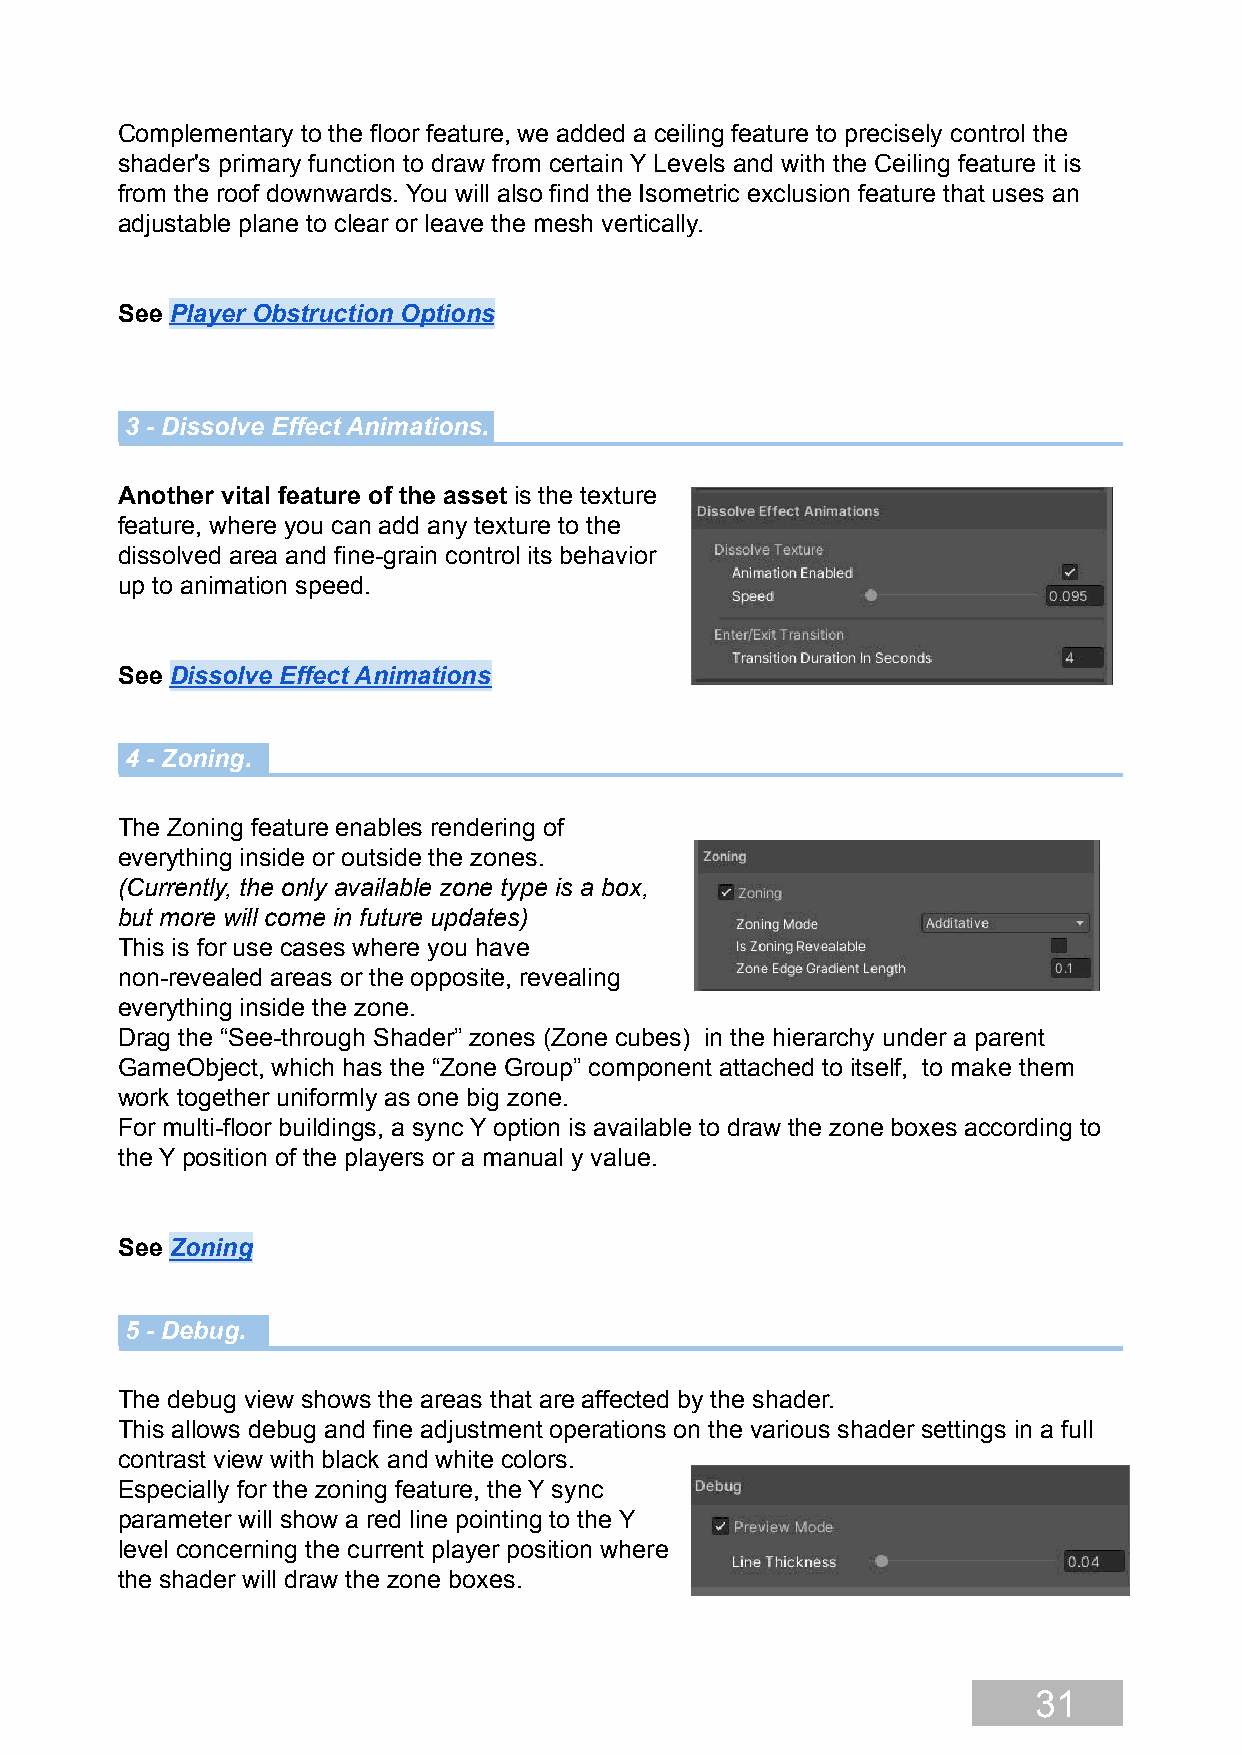
Complementary to the floor feature, we added a ceiling feature to precisely control the
 shader's primary function to draw from certain Y Levels and with the Ceiling feature it is
 from the roof downwards. You will also find the Isometric exclusion feature that uses an
 adjustable plane to clear or leave the mesh vertically.
 See Player Obstruction Options
 3 - Dissolve Effect Animations.
 Another vital feature of the asset is the texture
 feature, where you can add any texture to the
 dissolved area and fine-grain control its behavior
 up to animation speed.
 See Dissolve Effect Animations
 4 - Zoning.
 The Zoning feature enables rendering of
 everything inside or outside the zones.
 (Currently, the only available zone type is a box,
 but more will come in future updates)
 This is for use cases where you have
 non-revealed areas or the opposite, revealing
 everything inside the zone.
 Drag the “See-through Shader” zones (Zone cubes) in the hierarchy under a parent
 GameObject, which has the “Zone Group” component attached to itself, to make them
 work together uniformly as one big zone.
 For multi-floor buildings, a sync Y option is available to draw the zone boxes according to
 the Y position of the players or a manual y value.
 See Zoning
 5 - Debug.
 The debug view shows the areas that are affected by the shader.
 This allows debug and fine adjustment operations on the various shader settings in a full
 contrast view with black and white colors.
 Especially for the zoning feature, the Y sync
 parameter will show a red line pointing to the Y
 level concerning the current player position where
 the shader will draw the zone boxes.
 31